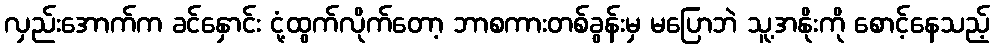
လှည်းအောက်က ခင်နှောင်း ငုံ့ထွက်လိုက်တော့ ဘာစကားတစ်ခွန်းမှ မပြောဘဲ သူ့အနိုးကို စောင့်နေသည့်